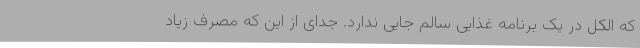
که الکل در یک برنامه غذایی سالم جایی ندارد. جدای از این که مصرف زیاد